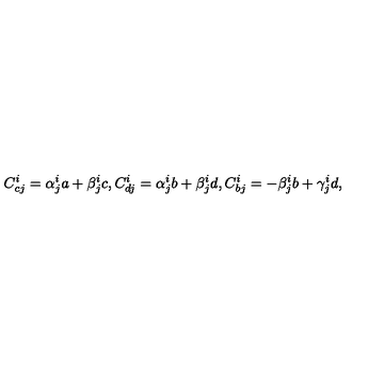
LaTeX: C _ { c j } ^ { i } = \alpha _ { j } ^ { i } a + \beta _ { j } ^ { i } c , C _ { d j } ^ { i } = \alpha _ { j } ^ { i } b + \beta _ { j } ^ { i } d , C _ { b j } ^ { i } = - \beta _ { j } ^ { i } b + \gamma _ { j } ^ { i } d ,